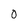
Character: 0